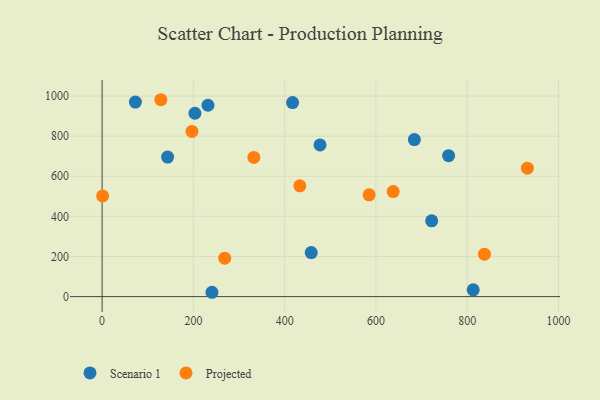
{"axis": {"x": "Study Hours", "y": "Demand"}, "legend": ["Projected", "Scenario 1"], "data": [{"x": "458.3", "y": 219.8, "type": "Scenario 1"}, {"x": "240.7", "y": 21.6, "type": "Scenario 1"}, {"x": "143.5", "y": 695.6, "type": "Scenario 1"}, {"x": "759.4", "y": 702.7, "type": "Scenario 1"}, {"x": "232.0", "y": 954.3, "type": "Scenario 1"}, {"x": "722.3", "y": 377.8, "type": "Scenario 1"}, {"x": "477.6", "y": 756.2, "type": "Scenario 1"}, {"x": "72.9", "y": 970.3, "type": "Scenario 1"}, {"x": "417.4", "y": 967.8, "type": "Scenario 1"}, {"x": "813.3", "y": 33.8, "type": "Scenario 1"}, {"x": "203.4", "y": 914.4, "type": "Scenario 1"}, {"x": "684.3", "y": 783.1, "type": "Scenario 1"}, {"x": "332.5", "y": 693.9, "type": "Projected"}, {"x": "837.9", "y": 211.8, "type": "Projected"}, {"x": "268.7", "y": 191.6, "type": "Projected"}, {"x": "1.1", "y": 502.0, "type": "Projected"}, {"x": "585.2", "y": 507.4, "type": "Projected"}, {"x": "433.3", "y": 552.2, "type": "Projected"}, {"x": "637.9", "y": 523.6, "type": "Projected"}, {"x": "128.7", "y": 981.8, "type": "Projected"}, {"x": "196.9", "y": 823.7, "type": "Projected"}, {"x": "932.0", "y": 640.4, "type": "Projected"}]}